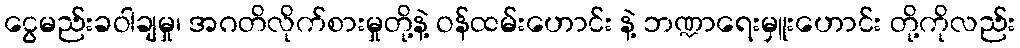
ငွေမည်းခဝါချမှု၊ အဂတိလိုက်စားမှုတို့နဲ့ ဝန်ထမ်းဟောင်း နဲ့ ဘဏ္ဍာရေးမှူးဟောင်း တို့ကိုလည်း